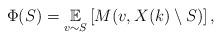
LaTeX: \begin{align*}\Phi(S) = \underset{v \sim S}{\mathbb{E}}\left[ M(v,X(k) \setminus S)\right],\end{align*}